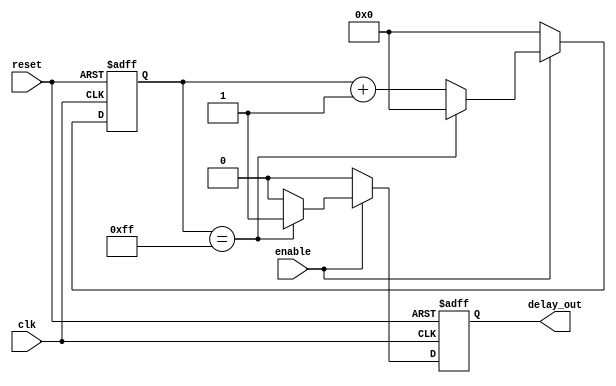
module timing_control_and_sync (
    input wire clk,
    input wire reset,
    input wire enable,
    output reg delay_out
);

reg [7:0] counter;

always @(posedge clk or posedge reset) begin
    if (reset) begin
        counter <= 8'b0;
        delay_out <= 1'b0;
    end else if (enable) begin
        if (counter == 8'b11111111) begin
            counter <= 8'b0;
            delay_out <= 1'b1;
        end else begin
            counter <= counter + 1;
            delay_out <= 1'b0;
        end
    end else begin
        counter <= 8'b0;
        delay_out <= 1'b0;
    end
end

endmodule